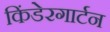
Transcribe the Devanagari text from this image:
किंडेरगार्टन